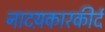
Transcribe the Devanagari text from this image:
नाटय़कारकीर्द